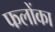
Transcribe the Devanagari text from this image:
फलोंका